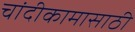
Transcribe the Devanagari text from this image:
चांदीकामासाठी